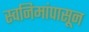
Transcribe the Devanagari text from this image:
स्वनिमांपासून